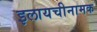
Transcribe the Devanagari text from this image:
इलायचीनामक